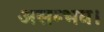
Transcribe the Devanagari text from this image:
असम्भव।